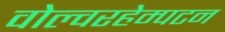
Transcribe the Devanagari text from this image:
वोल्वरहेम्पटन